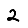
Digit: 2